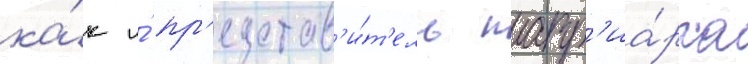
ка́к и́ пр'едстав'и́т'ель патр'иа́рха